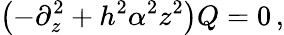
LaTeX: \left(-\partial_{z}^{2}+h^{2}\alpha^{2}z^{2}\right)Q=0\, ,